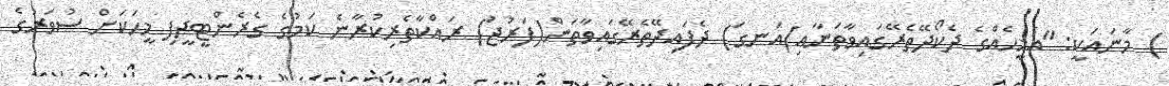
) މާނައަކީ: "އެމީހެއްގެ ދެކޯދޭތެރޭގައިވާތަނާއި)އަނގަ) ދެފައިދޭތެރޭގައިވާތަން(ފަރުޖު) ރައްކާތެރިކުރާނެ ކަމުގެ ގެރެންޓީދީފި މީހަކަށް ސުވަރުގެ